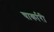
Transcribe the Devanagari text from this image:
चार्कारी